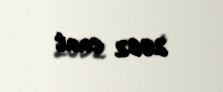
2062 saat